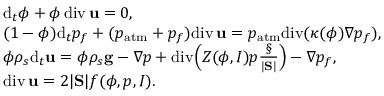
\begin{array} { r l } & { \mathrm d _ { t } \phi + \phi \, \mathrm { d i v } \, { \bf u } = 0 , } \\ & { ( 1 - \phi ) \mathrm d _ { t } p _ { f } + ( p _ { \mathrm { a t m } } + p _ { f } ) \mathrm { d i v } \, { \bf u } = p _ { \mathrm { a t m } } \mathrm { d i v } ( \kappa ( \phi ) \nabla p _ { f } ) , } \\ & { \phi \rho _ { s } \mathrm d _ { t } { \bf u } = \phi \rho _ { s } { \bf g } - \nabla p + \mathrm { d i v } \Big ( Z ( \phi , I ) p \frac { \S } { | \mathrm { \bf S } | } \Big ) - \nabla p _ { f } , } \\ & { \mathrm { d i v } \, { \bf u } = 2 | \mathrm { \bf S } | f ( \phi , p , I ) . } \end{array}